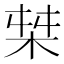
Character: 𱣎